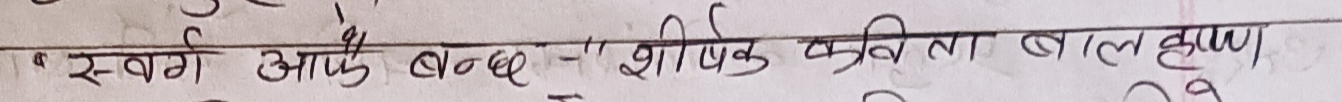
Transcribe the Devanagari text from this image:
" स्वर्ग आपके बन्धु " शीर्षक कविता बालकृष्ण